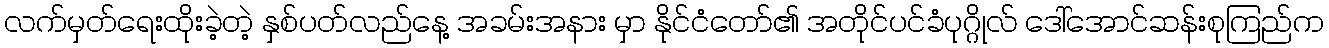
လက်မှတ်ရေးထိုးခဲ့တဲ့ နှစ်ပတ်လည်နေ့ အခမ်းအနား မှာ နိုင်ငံတော်၏ အတိုင်ပင်ခံပုဂ္ဂိုလ် ဒေါ်အောင်ဆန်းစုကြည်က